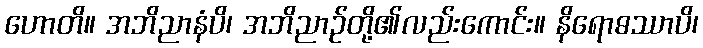
ဟောတိ။ အဘိညာနံပိ၊ အဘိညာဉ်တို့၏လည်းကောင်း။ နိရောဓဿာပိ၊